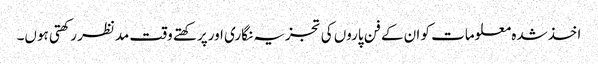
اخذشدہ معلومات کو ان کے فن پاروں کی تجزیہ نگاری اورپرکھتے وقت مدنظر رکھتی ہوں۔